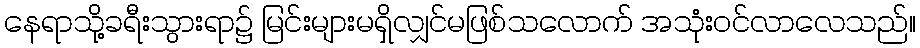
နေရာသို့ခရီးသွားရာ၌ မြင်းများမရှိလျှင်မဖြစ်သလောက် အသုံးဝင်လာလေသည်။